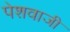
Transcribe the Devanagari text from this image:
पेशवाजी